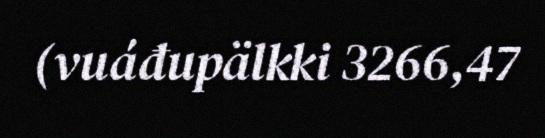
(vuáđupälkki 3266,47